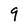
Character: 9